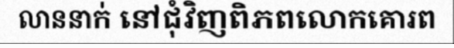
លាននាក់ នៅជុំវិញពិភពលោកគោរព